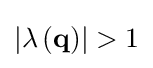
\left|\lambda \left(\mathbf {q} \right)\right|>1